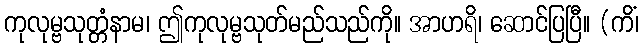
ကုလုမ္ဗသုတ္တံနာမ၊ ဤကုလုမ္ဗသုတ်မည်သည်ကို။ အာဟရိ၊ ဆောင်ပြပြီ။ (ကိံ၊